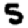
Digit: 5